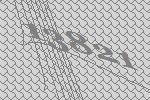
13821